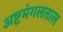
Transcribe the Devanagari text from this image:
अष्टमंगलताल